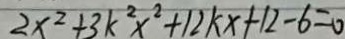
2 x ^ { 2 } + 3 k ^ { 2 } x ^ { 2 } + 1 2 k x + 1 2 - 6 = 0